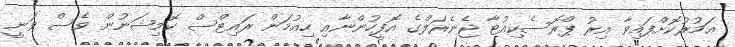
އަމުރުކޮށްފައިވާ އިރު ޕްރޮސެކިއުޓާ ޖެނެރަލްގެ އޮފީހުންނާއި ހިއުމަން ރައިޓްސް ކޮމިޝަނުން ވެސް ވަނީ